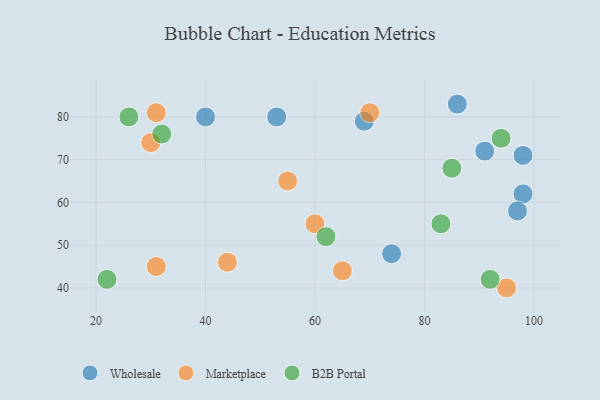
{"axis": {"x": "GDP", "y": "Life Expectancy"}, "legend": ["B2B Portal", "Marketplace", "Wholesale"], "data": [{"x": "86", "y": 83, "type": "Wholesale"}, {"x": "91", "y": 72, "type": "Wholesale"}, {"x": "98", "y": 62, "type": "Wholesale"}, {"x": "98", "y": 71, "type": "Wholesale"}, {"x": "97", "y": 58, "type": "Wholesale"}, {"x": "74", "y": 48, "type": "Wholesale"}, {"x": "69", "y": 79, "type": "Wholesale"}, {"x": "40", "y": 80, "type": "Wholesale"}, {"x": "53", "y": 80, "type": "Wholesale"}, {"x": "31", "y": 81, "type": "Marketplace"}, {"x": "95", "y": 40, "type": "Marketplace"}, {"x": "70", "y": 81, "type": "Marketplace"}, {"x": "30", "y": 74, "type": "Marketplace"}, {"x": "65", "y": 44, "type": "Marketplace"}, {"x": "55", "y": 65, "type": "Marketplace"}, {"x": "60", "y": 55, "type": "Marketplace"}, {"x": "31", "y": 45, "type": "Marketplace"}, {"x": "44", "y": 46, "type": "Marketplace"}, {"x": "92", "y": 42, "type": "B2B Portal"}, {"x": "32", "y": 76, "type": "B2B Portal"}, {"x": "26", "y": 80, "type": "B2B Portal"}, {"x": "83", "y": 55, "type": "B2B Portal"}, {"x": "94", "y": 75, "type": "B2B Portal"}, {"x": "85", "y": 68, "type": "B2B Portal"}, {"x": "62", "y": 52, "type": "B2B Portal"}, {"x": "22", "y": 42, "type": "B2B Portal"}]}